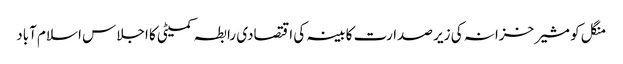
منگل کو مشیر خزانہ کی زیر صدارت کابینہ کی اقتصادی رابطہ کمیٹی کا اجلاس اسلام آباد